Vaccination in the Punjab 1867-1880 - 1867-1880
Year: 1867
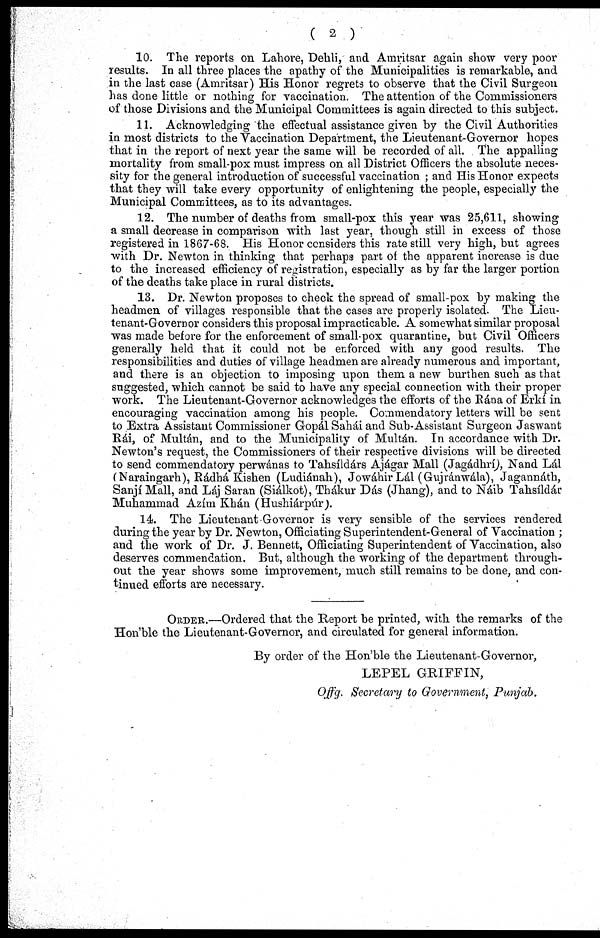
( 2 )
10. The reports on Lahore, Dehli, and Amritsar again show very poor
results. In all three places the apathy of the Municipalities is remarkable, and
in the last case (Amritsar) His Honor regrets to observe that the Civil Surgeon
has done little or nothing for vaccination. The attention of the Commissioners
of those Divisions and the Municipal Committees is again directed to this subject.
11. Acknowledging the effectual assistance given by the Civil Authorities
in most districts to the Vaccination Department, the Lieutenant-Governor hopes
that in the report of next year the same will be recorded of all. The appalling
mortality from small-pox must impress on all District Officers the absolute neces-
sity for the general introduction of successful vaccination ; and His Honor expects
that they will take every opportunity of enlightening the people, especially the
Municipal Committees, as to its advantages.
12. The number of deaths from small-pox this year was 25,611, showing
a small decrease in comparison with last year, though still in excess of those
registered in 1867-68. His Honor considers this rate still very high, but agrees
with Dr. Newton in thinking that perhaps part of the apparent increase is due
to the increased efficiency of registration, especially as by far the larger portion
of the deaths take place in rural districts.
13. Dr. Newton proposes to check the spread of small-pox by making the
headmen of villages responsible that the cases are properly isolated. The Lieu-
tenant-Governor considers this proposal impracticable. A somewhat similar proposal
was made before for the enforcement of small-pox quarantine, but Civil Officers
generally held that it could not be enforced with any good results. The
responsibilities and duties of village headmen are already numerous and important,
and there is an objection to imposing upon them a new burthen such as that
suggested, which cannot be said to have any special connection with their proper
work. The Lieutenant-Governor acknowledges the efforts of the Rána of Erkí in
encouraging vaccination among his people. Commendatory letters will be sent
to Extra Assistant Commissioner Gopál Sahái and Sub-Assistant Surgeon Jaswant
Rái, of Multán, and to the Municipality of Multán. In accordance with Dr.
Newton's request, the Commissioners of their respective divisions will be directed
to send commendatory perwánas to Tahsíldárs Ajágar Mall (Jagádhrí), Nand Lál
(Naraingarh), Rádhá Kishen (Ludiánah), Jowáhir Lál (Gujránwála), Jagannáth,
Sanjí Mall, and Láj Saran (Siálkot), Thákur Dás (Jhang), and to Náib Tahsíldár
Muhammad Azím Khán (Hushiárpúr).
14. The Lieutenant Governor is very sensible of the services rendered
during the year by Dr. Newton, Officiating Superintendent-General of Vaccination ;
and the work of Dr. J. Bennett, Officiating Superintendent of Vaccination, also
deserves commendation. But, although the working of the department through-
out the year shows some improvement, much still remains to be done, and con-
tinued efforts are necessary.
ORDER.—Ordered that the Report be printed, with the remarks of the
Hon'ble the Lieutenant-Governor, and circulated for general information.
By order of the Hon'ble the Lieutenant-Governor,
LEPEL GRIFFIN,
Offg. Secretary to Government, Punjab.